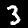
Label: 3